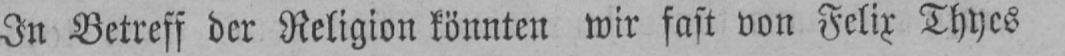
In Betreff der Religion könnten wir fast von Felix Thyes